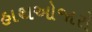
હાથઓજારો